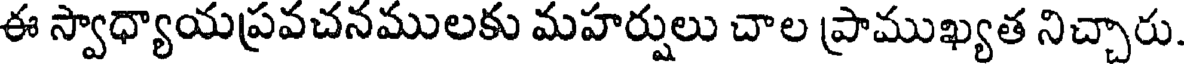
ఈ స్వాధ్యాయప్రవచనములకు మహర్షులు చాల ప్రాముఖ్యత నిచ్చారు.